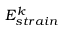
E _ { s t r a i n } ^ { k }